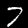
Label: 7